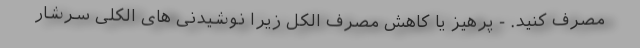
مصرف کنید. - پرهیز یا کاهش مصرف الکل زیرا نوشیدنی های الکلی سرشار